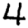
Digit: 4